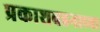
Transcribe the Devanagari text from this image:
प्रकाशवहनाच्या